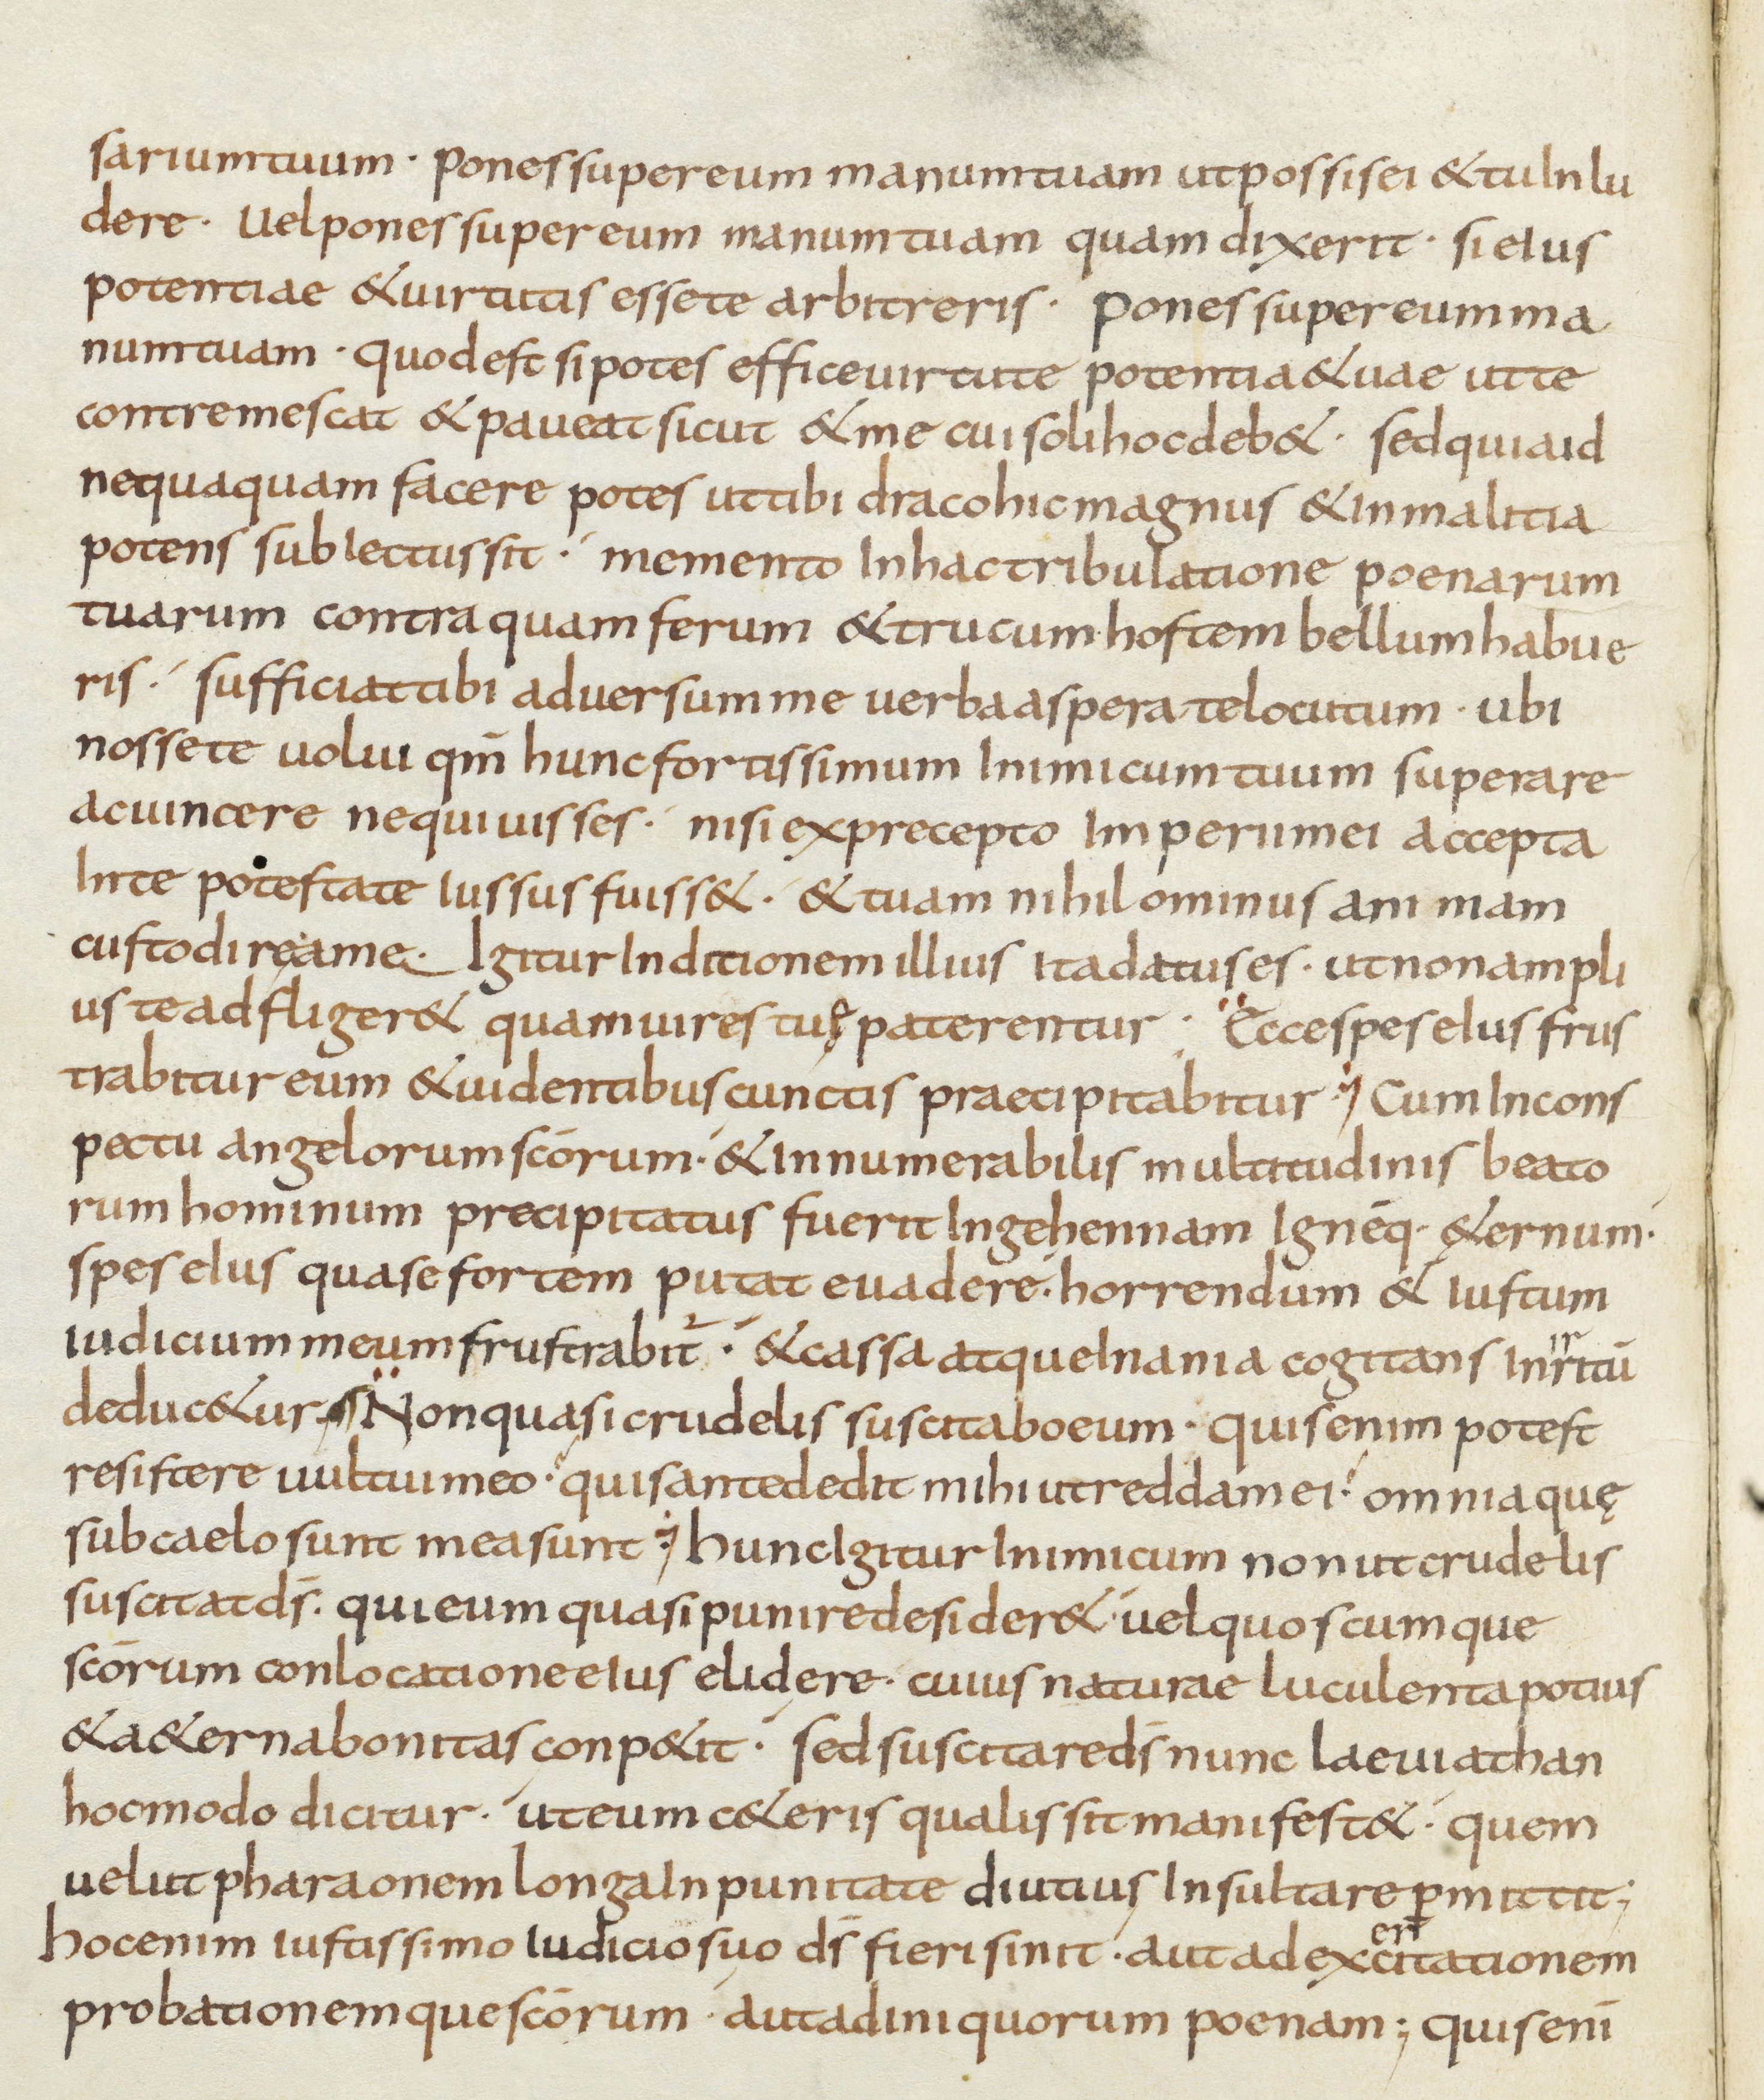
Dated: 800–899